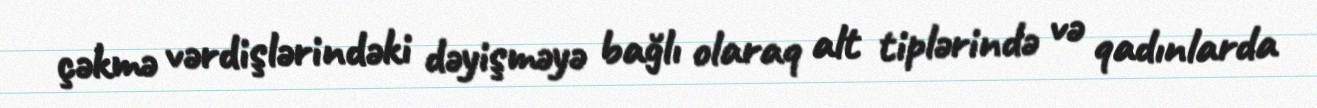
çəkmə vərdişlərindəki dəyişməyə bağlı olaraq alt tiplərində və qadınlarda